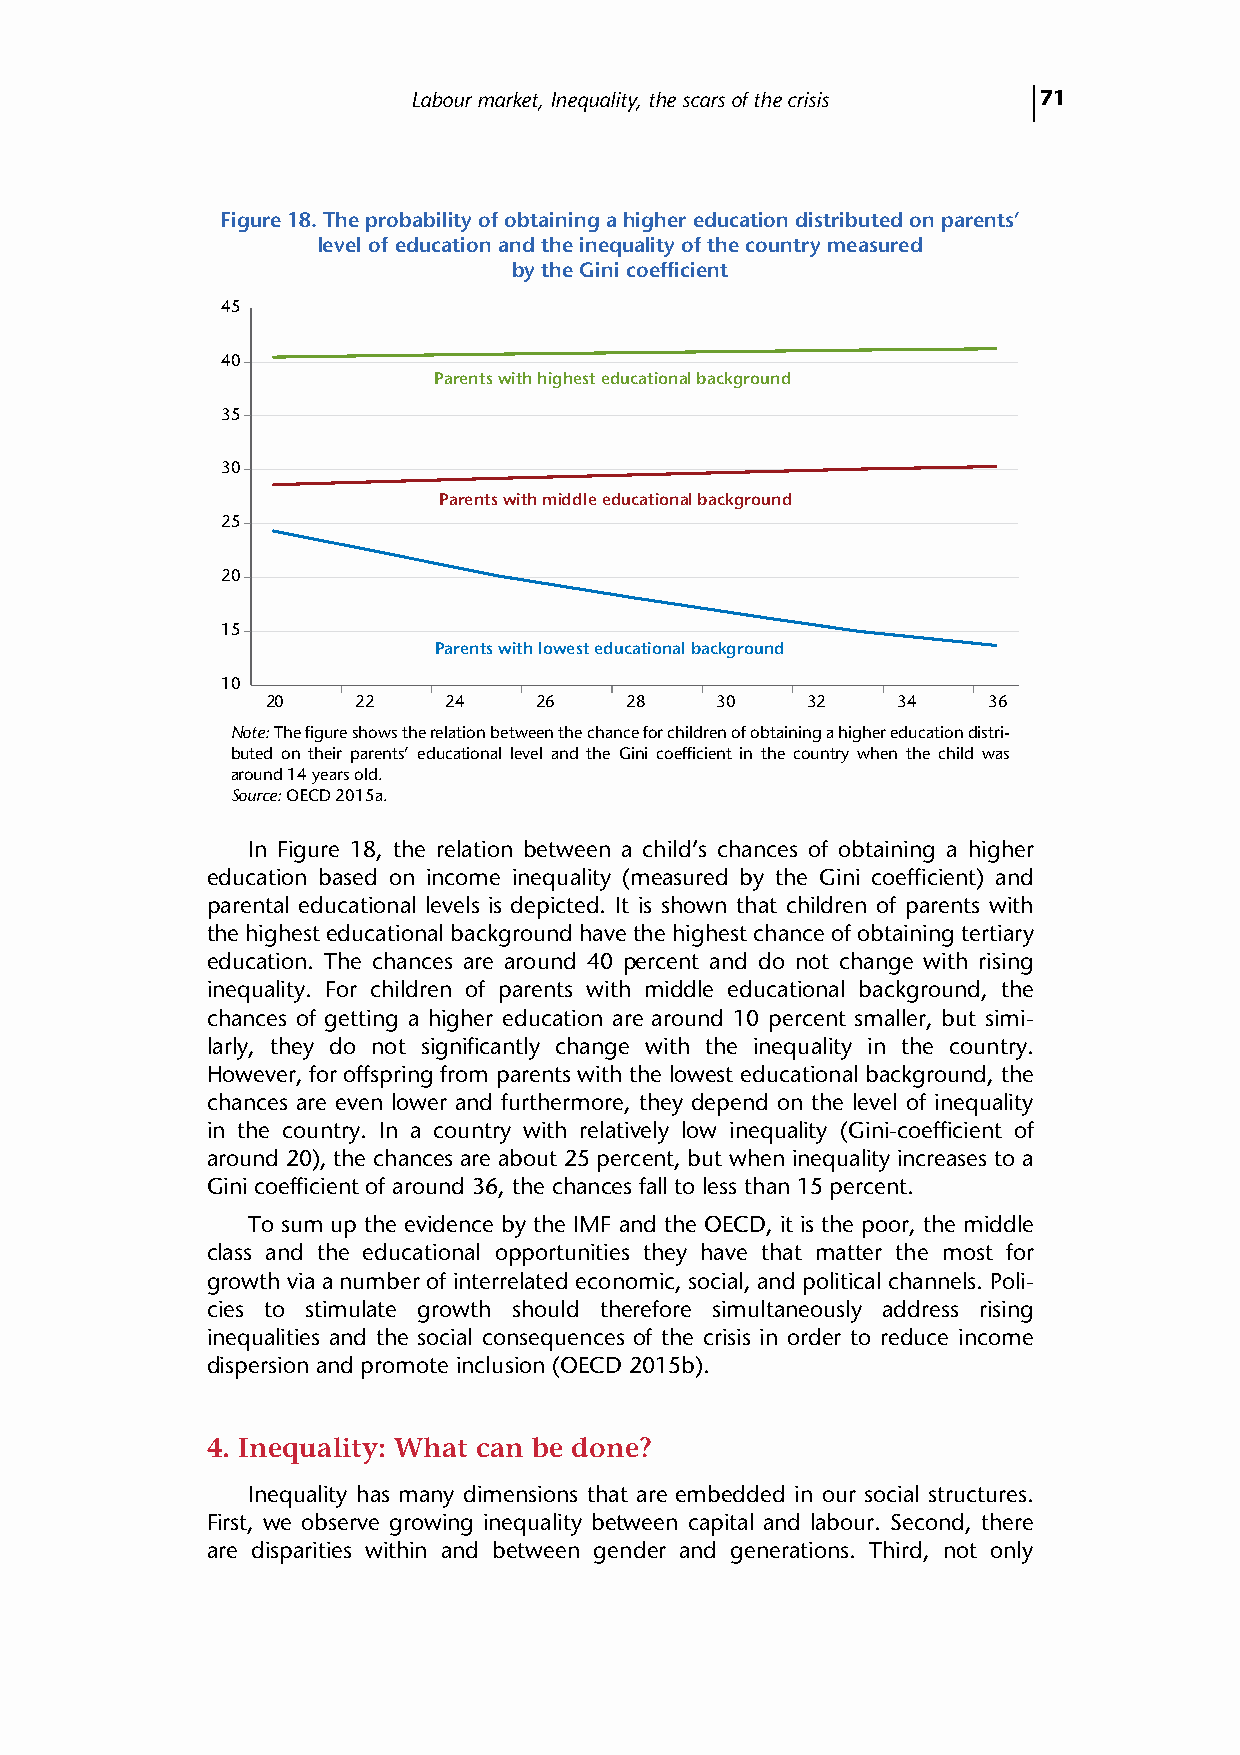
Labour market, Inequality, the scars of the crisis 71
 Figure 18. The probability of obtaining a higher education distributed on parents’
 level of education and the inequality of the country measured
 by the Gini coefficient
 45
 40
 Parents with highest educational background
 35
 30
 Parents with middle educational background
 25
 20
 15
 Parents with lowest educational background
 10
 20    22    24    26   28    30    32    34    36
 Note: The figure shows the relation between the chance for children of obtaining a higher education distri-
 buted on their parents’ educational level and the Gini coefficient in the country when the child was
 around 14 years old.
 Source: OECD 2015a.
 In Figure 18, the relation between a child’s chances of obtaining a higher
 education based on income inequality (measured by the Gini coefficient) and
 parental educational levels is depicted. It is shown that children of parents with
 the highest educational background have the highest chance of obtaining tertiary
 education. The chances are around 40 percent and do not change with rising
 inequality. For children of parents with middle educational background, the
 chances of getting a higher education are around 10 percent smaller, but simi-
 larly, they do not significantly change with the inequality in the country.
 However, for offspring from parents with the lowest educational background, the
 chances are even lower and furthermore, they depend on the level of inequality
 in the country. In a country with relatively low inequality (Gini-coefficient of
 around 20), the chances are about 25 percent, but when inequality increases to a
 Gini coefficient of around 36, the chances fall to less than 15 percent.
 To sum up the evidence by the IMF and the OECD, it is the poor, the middle
 class and the educational opportunities they have that matter the most for
 growth via a number of interrelated economic, social, and political channels. Poli-
 cies to stimulate growth should therefore simultaneously address rising
 inequalities and the social consequences of the crisis in order to reduce income
 dispersion and promote inclusion (OECD 2015b).
 4. Inequality: What can be done?
 Inequality has many dimensions that are embedded in our social structures.
 First, we observe growing inequality between capital and labour. Second, there
 are disparities within and between gender and generations. Third, not only